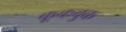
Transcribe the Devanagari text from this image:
कूकबुक